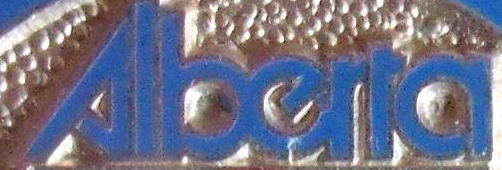
Alberra